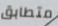
متطابق